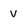
Character: V